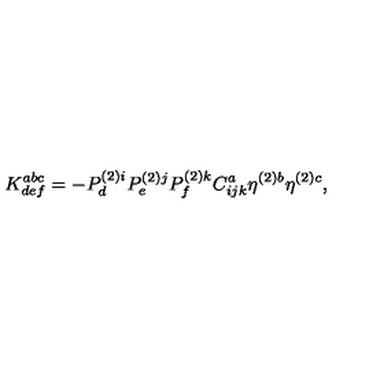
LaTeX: K _ { d e f } ^ { a b c } = - P _ { d } ^ { ( 2 ) i } P _ { e } ^ { ( 2 ) j } P _ { f } ^ { ( 2 ) k } C _ { i j k } ^ { a } \eta ^ { ( 2 ) b } \eta ^ { ( 2 ) c } ,